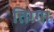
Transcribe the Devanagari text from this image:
तिग्गा